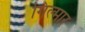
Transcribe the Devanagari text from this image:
गिल्मार